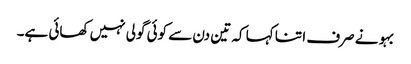
بہو نے صرف ا تنا کہا کہ تین دن سے کوئی گولی نہیں کھائی ہے۔